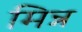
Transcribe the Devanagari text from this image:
मिन्न